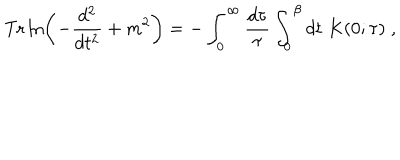
\mathrm { T r } \ln \left( - { \frac { d ^ { 2 } } { d t ^ { 2 } } } + m ^ { 2 } \right) = - \int _ { 0 } ^ { \infty } { \frac { d \tau } { \tau } } \int _ { 0 } ^ { \beta } d t \; K ( 0 ; \tau ) \; ,